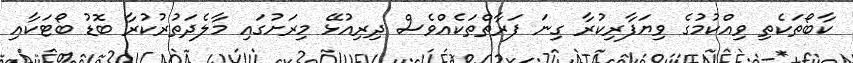
ކާބޯތަކެތި ވިއްކުމުގެ ވިޔަފާރިކުރާ ގިނަ ފަރާތްތަކެއްވެސް ދިރިއުޅޭ މިރަށުގައި މާލެދަތުރުކުރާ ބޮޑު ބޯޓަކާއި